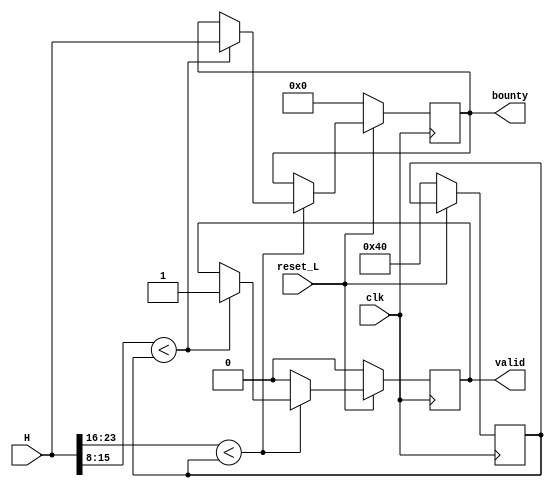
`timescale 1ns / 1ps
module comparador (
    input clk,
    input reset_L,
    input [23:0] H,
    output reg valid,  
    output reg [23:0] bounty
);
    reg [7:0] target;

    always @(posedge clk) begin
        if (reset_L == 0) begin
            target <= 7'h40;  //Valor del target en hexadecimal
            valid <= 0;
            bounty <= 0;
        end
        else begin
            if (H[23:16] < target) begin
                if (H[15:8] < target) begin
                    valid <= 1;     //Valid = 1 si no se cumple la condicin
                    bounty <= H;    //Siempre se guarda el ltimo bounty
                end
                
            end 
            else begin
                valid <= 0;         
            end
        end
    end

endmodule